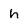
Character: h